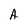
Character: A